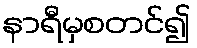
နာရီမှစတင်၍